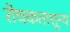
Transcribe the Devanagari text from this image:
रोचकताशून्य